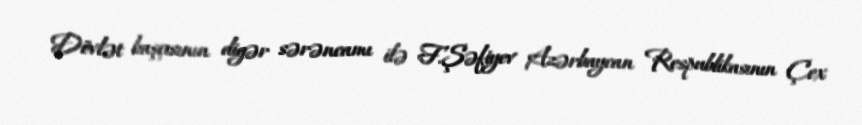
Dövlət başçısının digər sərəncamı ilə F.Şəfiyev Azərbaycan Respublikasının Çex